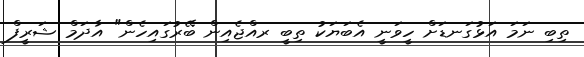
ތިބި ނަމަ އަޅުގަނޑަށް ހީވަނީ އެބަޔަކު ތިބީ ރއްޖެއިން ބޭރުގައިހެން" އާދަމް ޝަރީފް